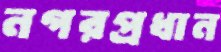
নগরপ্রধান